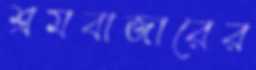
শ্রমবাজারের